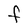
Character: F